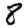
Digit: 8